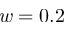
w = 0 . 2